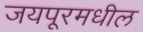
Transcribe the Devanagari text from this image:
जयपूरमधील